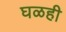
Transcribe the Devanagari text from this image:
घळही